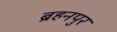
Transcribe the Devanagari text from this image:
ब्रहनपुर